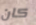
كان